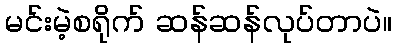
မင်းမဲ့စရိုက် ဆန်ဆန်လုပ်တာပဲ။